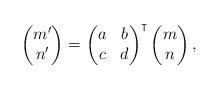
LaTeX: \begin{align*} \begin{pmatrix} m'\\ n'\\ \end{pmatrix}=\begin{pmatrix} a & b\\ c & d\\ \end{pmatrix}^\intercal\begin{pmatrix} m\\ n\\ \end{pmatrix}, \end{align*}